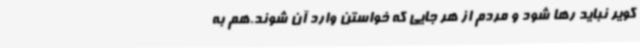
کویر نباید رها شود و مردم از هر جایی که خواستن وارد آن شوند.هم به